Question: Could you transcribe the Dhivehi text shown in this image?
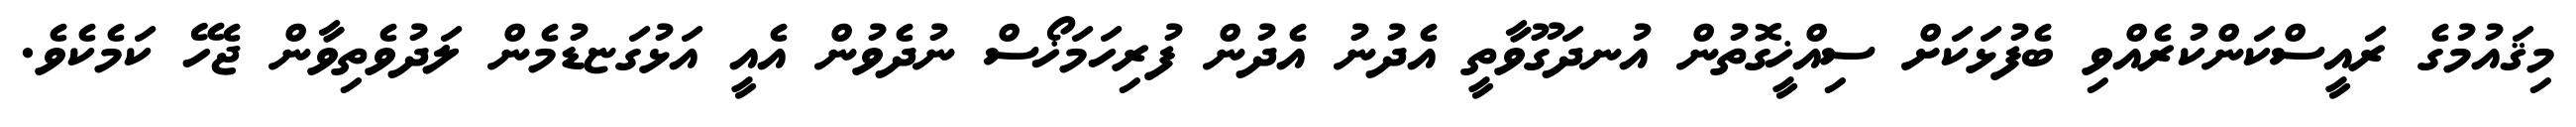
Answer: މިޤައުމުގެ ރައީސްކަންކުރެއްވި ބެފުޅަކަށް ސިއްޚީގޮތުން އުނދަގޫވާތީ އެދުނު އެދުން ފުރިހަމަޚޯސް ނުދެވުން އެއީ އަޅުގަޏޑުމެން ލަދުވެތިވާން ޖެހޭ ކަމެކެވެ.